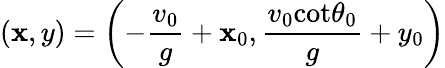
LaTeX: (\mathbf{x},y)=\left(-\frac{{v_{0}}}{{g}}+\mathbf{x}_{0},\frac{{v_{0}\textrm{{cot}}\theta_{0}}}{{g}}+y_{0}\right)